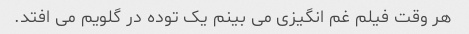
هر وقت فیلم غم انگیزی می بینم یک توده در گلویم می افتد.